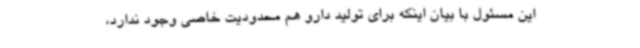
این مسئول با بیان اینکه برای تولید دارو هم محدودیت خاصی وجود ندارد،